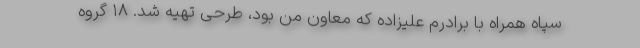
سپاه همراه با برادرم علیزاده که معاون من بود، طرحی تهیه شد. ۱۸ گروه